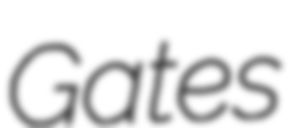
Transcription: Gates